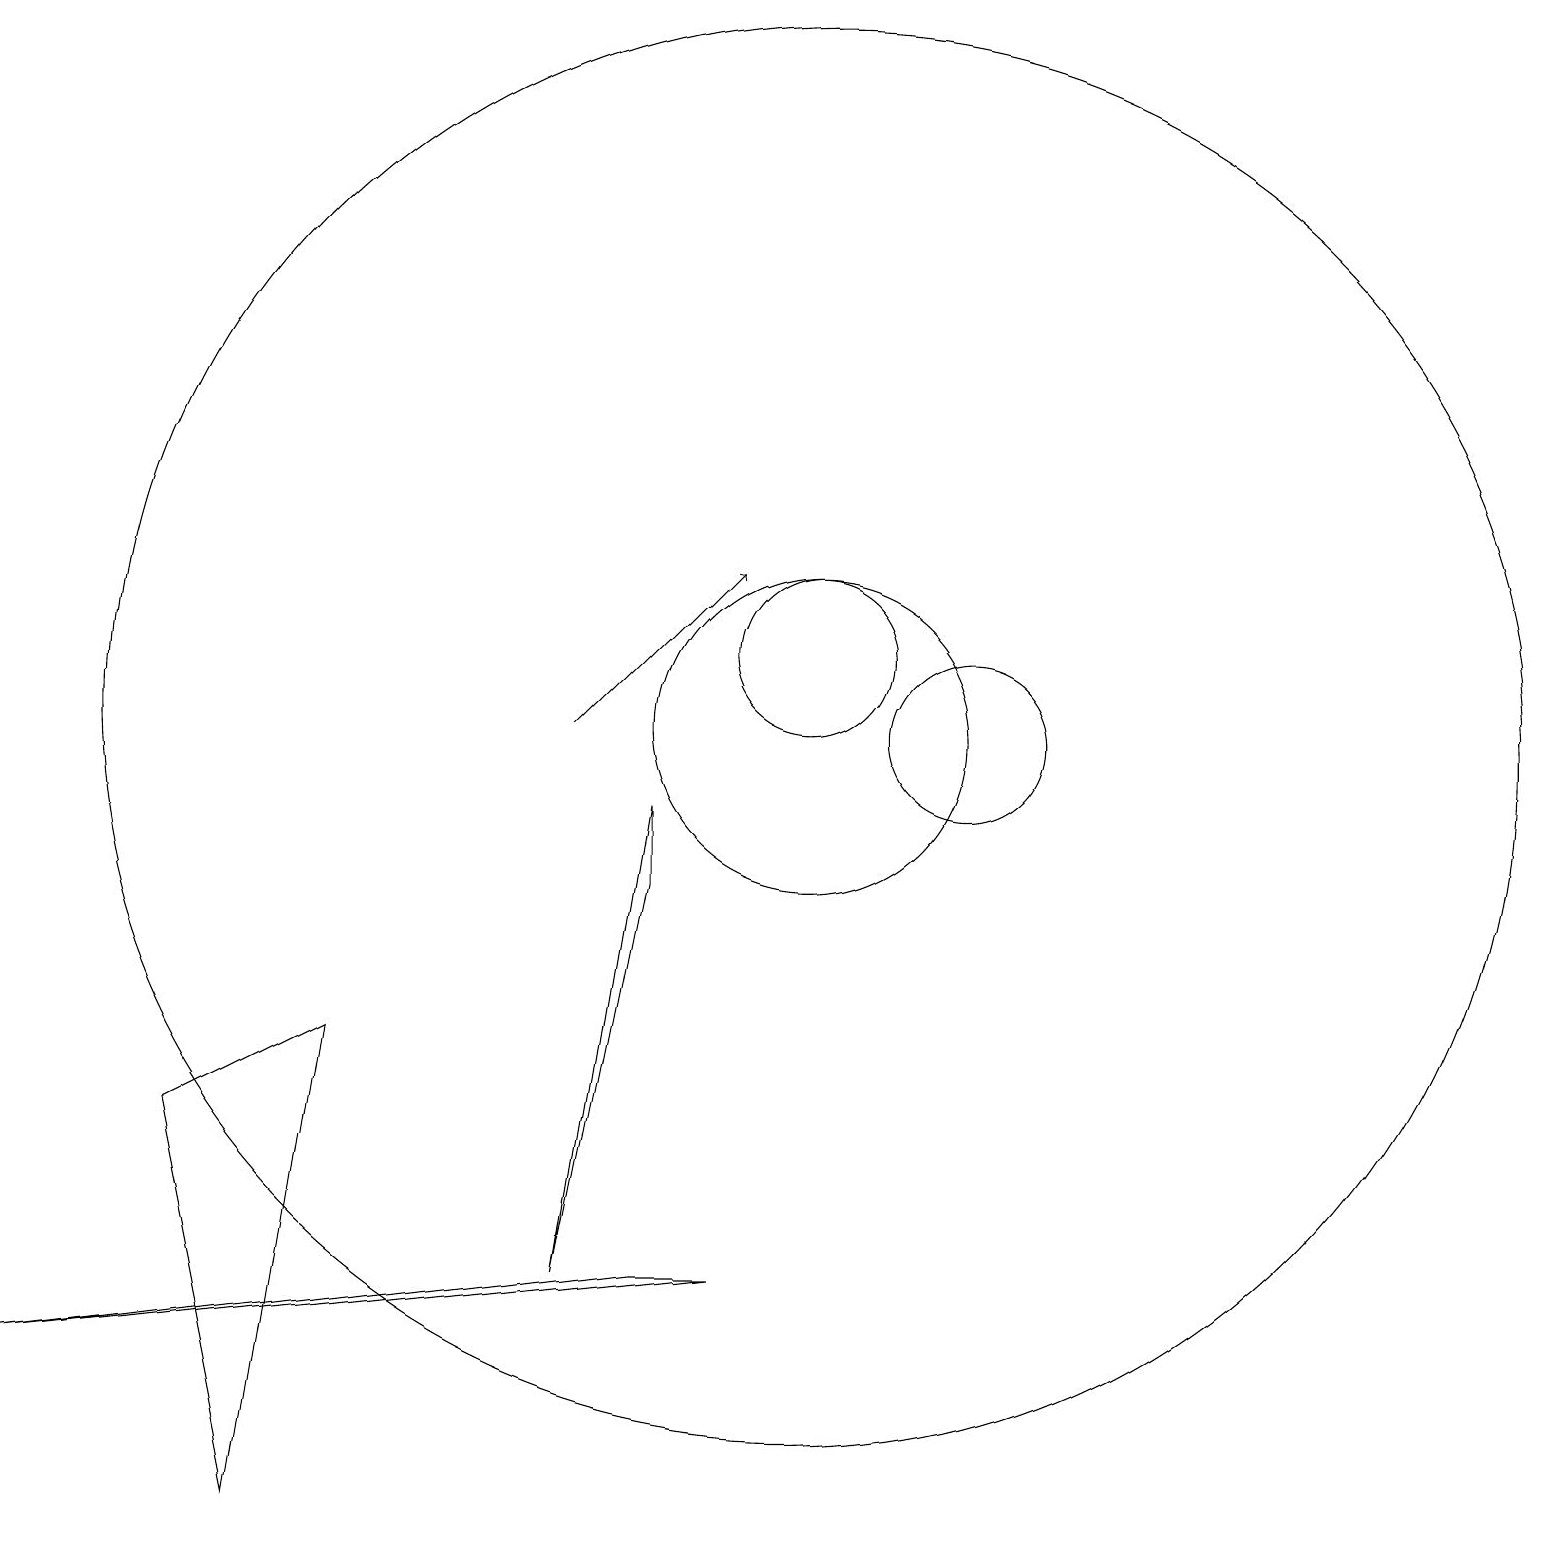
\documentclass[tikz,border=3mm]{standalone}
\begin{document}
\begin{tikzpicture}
\draw (10,10) circle (2);
\draw (9,3) -- (8,3) -- (0,2) -- cycle;
\draw (4,6) -- (2,5) -- (3,0) -- cycle;
\draw (12,10) circle (1);
\draw (10,10) circle (9);
\draw (10,11) circle (1);
\draw[->] (7,10) -- (9,12);
\draw (8,8) -- (7,3) -- (8,9) -- cycle;
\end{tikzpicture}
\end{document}